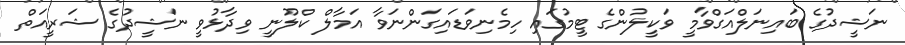
ނަޝީދުގެ ބައިނަލްއަގްވާމީ ވަކީލުންގެ ޓީމުގައި ހިމެނިވަޑައިގަންނަވާ އަމާލް ކްލޫނީ ވިދާޅުވީ ނަޝީދުގެ ޝަރީއަތް